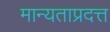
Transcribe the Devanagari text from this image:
मान्यताप्रदत्त